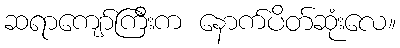
ဆရာကျော်ကြီးက နောက်ပိတ်ဆုံးလေ။